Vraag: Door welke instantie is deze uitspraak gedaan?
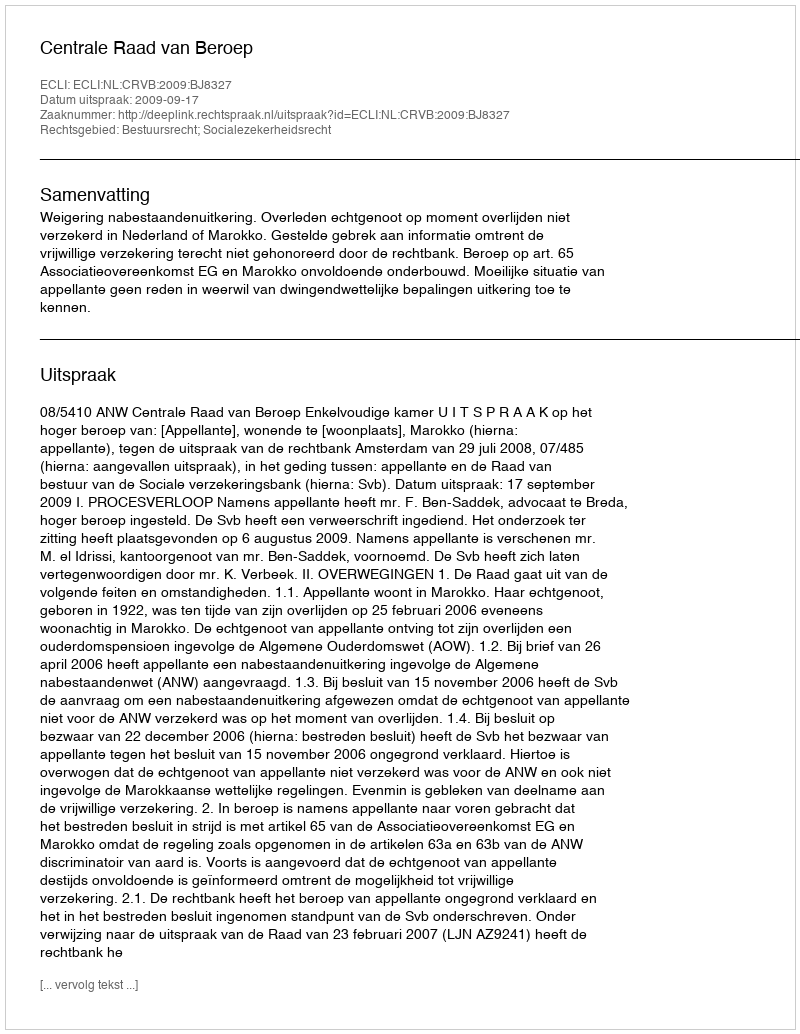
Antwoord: Centrale Raad van Beroep